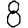
Digit: 8